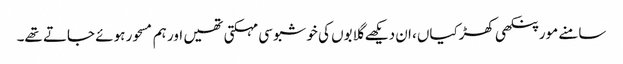
سامنے مور پنکھی کھڑکیاں، ان دیکھے گلابوں کی خوشبو سی مہکتی تھیں اور ہم مسحور ہوئے جاتے تھے۔